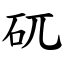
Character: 矹